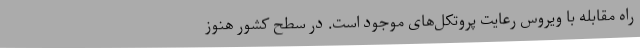
راه مقابله با ویروس رعایت پروتکل‌های موجود است. در سطح کشور هنوز